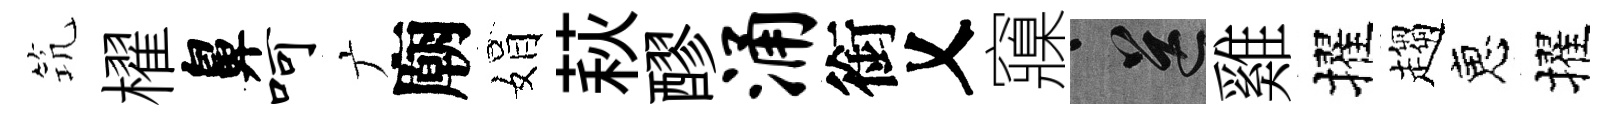
𥬑櫂鼻呵广廟娟萩醪涌銜乂䆿送雞擢趨恵擢